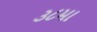
૩૮મા